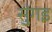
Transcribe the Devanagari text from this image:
सुंगइ